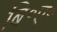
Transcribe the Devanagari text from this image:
बि॰ए॰